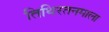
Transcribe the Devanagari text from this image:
तिथिरतनमाला